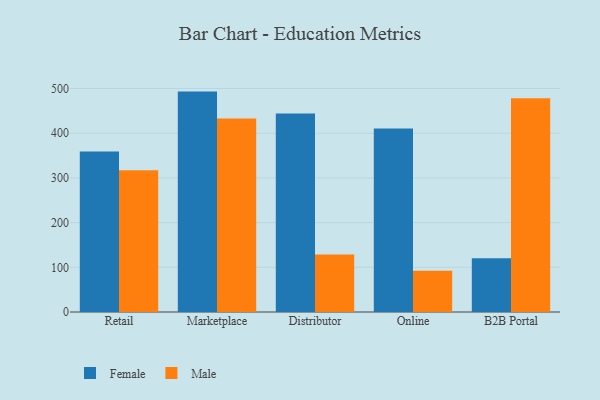
{"axis": {"x": "Channel", "y": "Churn Rate (%)"}, "legend": ["Female", "Male"], "data": [{"x": "Retail", "y": 359.1, "type": "Female"}, {"x": "Retail", "y": 317.4, "type": "Male"}, {"x": "Marketplace", "y": 493.1, "type": "Female"}, {"x": "Marketplace", "y": 433.0, "type": "Male"}, {"x": "Distributor", "y": 444.1, "type": "Female"}, {"x": "Distributor", "y": 128.9, "type": "Male"}, {"x": "Online", "y": 410.7, "type": "Female"}, {"x": "Online", "y": 92.3, "type": "Male"}, {"x": "B2B Portal", "y": 120.2, "type": "Female"}, {"x": "B2B Portal", "y": 478.2, "type": "Male"}]}